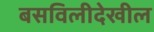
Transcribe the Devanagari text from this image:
बसविलीदेखील